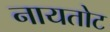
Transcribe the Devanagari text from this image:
नायतोट